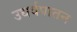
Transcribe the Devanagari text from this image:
उधर्वपातन